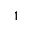
^ Ḋ 1 Ḍ